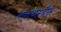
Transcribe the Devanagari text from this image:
रणथम्बौर